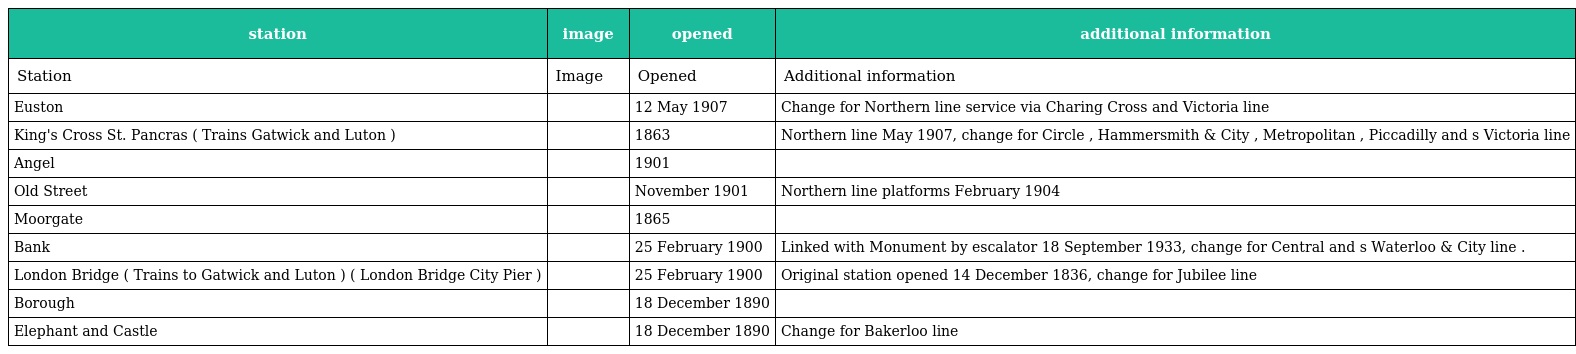
| station | image | opened | additional information |
 | --- | --- | --- | --- |
 | Station | Image | Opened | Additional information |
 | Euston |  | 12 May 1907 | Change for Northern line service via Charing Cross and Victoria line |
 | King's Cross St. Pancras ( Trains Gatwick and Luton ) |  | 1863 | Northern line May 1907, change for Circle , Hammersmith & City , Metropolitan , Piccadilly and s Victoria line |
 | Angel |  | 1901 |  |
 | Old Street |  | November 1901 | Northern line platforms February 1904 |
 | Moorgate |  | 1865 |  |
 | Bank |  | 25 February 1900 | Linked with Monument by escalator 18 September 1933, change for Central and s Waterloo & City line . |
 | London Bridge ( Trains to Gatwick and Luton ) ( London Bridge City Pier ) |  | 25 February 1900 | Original station opened 14 December 1836, change for Jubilee line |
 | Borough |  | 18 December 1890 |  |
 | Elephant and Castle |  | 18 December 1890 | Change for Bakerloo line |